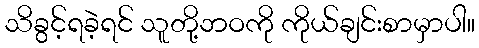
သိခွင့်ရခဲ့ရင် သူတို့ဘဝကို ကိုယ်ချင်းစာမှာပါ။